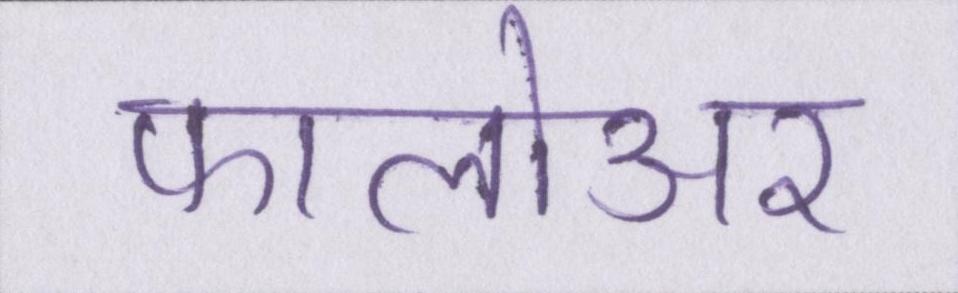
फालोअर